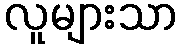
လူများသာ